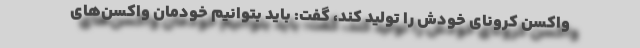
واکسن کرونای خودش را تولید کند، گفت: باید بتوانیم خودمان واکسن‌های